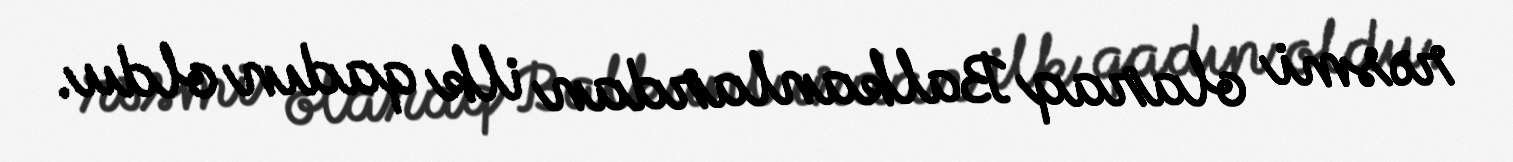
rəsmi olaraq Balkanlardan ilk qadın oldu.